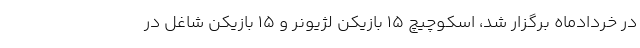
در خردادماه برگزار شد، اسکوچیچ ۱۵ بازیکن لژیونر و ۱۵ بازیکن شاغل در